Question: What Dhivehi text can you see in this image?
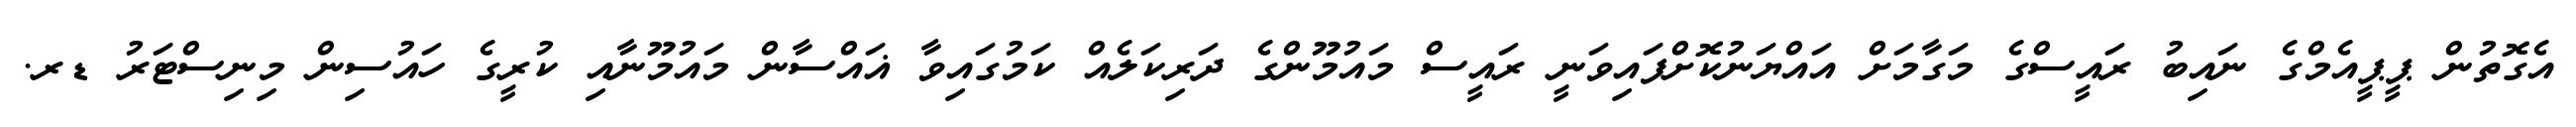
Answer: އެގޮތުން ޕީޕީއެމްގެ ނައިބު ރައީސްގެ މަގާމަށް އައްޔަނުކޮށްފައިވަނީ ރައީސް މައުމޫންގެ ދަރިކަލެއް ކަމުގައިވާ ޣައްސާން މައުމޫނާއި ކުރީގެ ހައުސިން މިނިސްޓަރު ޑރ.